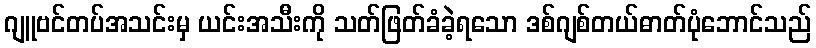
ဂျူဗင်တပ်အသင်းမှ ယင်းအသီးကို သတ်ဖြတ်ခံခဲ့ရသော ဒစ်ဂျစ်တယ်ဓာတ်ပုံဘောင်သည်